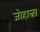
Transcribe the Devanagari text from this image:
जोहान्ना